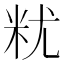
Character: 𮇆